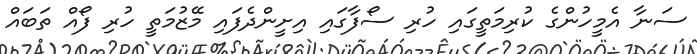
ސަނާ އެމީހުންގެ ކުރިމަތީގައި ހުރި ސޯފާގައި އިށީންދެފައި މޭޒުމަތީ ހުރި ފޯއް ތަބައް